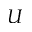
U